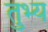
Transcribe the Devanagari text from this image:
तुभ्य